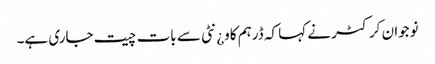
نوجوان کرکٹر نے کہا کہ ڈرہم کاو¿نٹی سے بات چیت جاری ہے۔